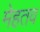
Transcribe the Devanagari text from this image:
मेहतव